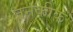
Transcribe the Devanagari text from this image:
तनकीक